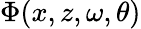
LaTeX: \Phi(x,z,\omega,\theta)